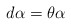
\begin{align*}d\alpha = \theta \alpha\end{align*}